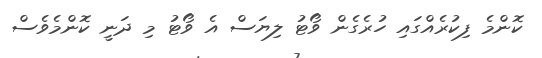
ކޮންމެ ފިކުރެއްގައި ހުރެގެން ވޯޓު ލިޔަސް އެ ވޯޓު މި ދަނީ ކޮންމެވެސް